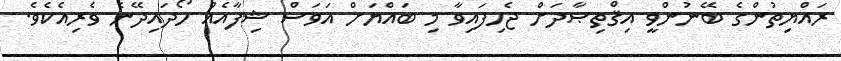
ރައްޔިތުންގެ ބޭނުންވީ އިޤްތިޞާދަށް ޖެހިފައިވާ މި ބައްޔަށް އަވަސް ޝިފާއެއް ހޯދައިދޭނެ ވެރިއެކެވެ.